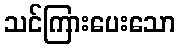
သင်ကြားပေးသော